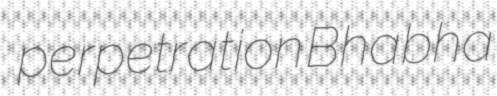
perpetration Bhabha